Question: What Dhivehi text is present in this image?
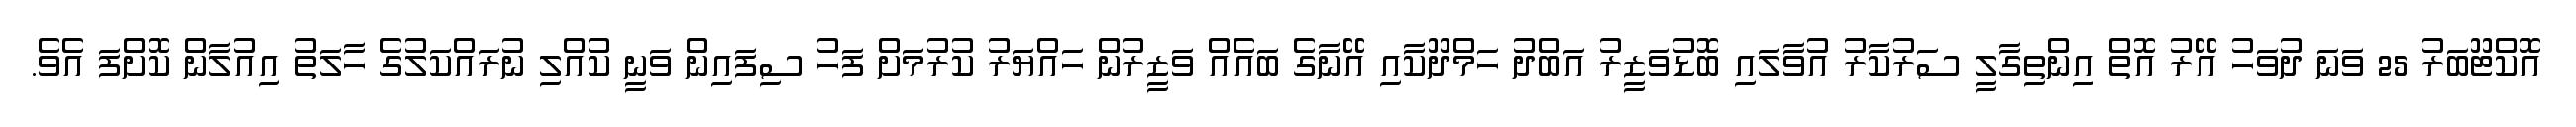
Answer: އޮކްޓޫބަރު 25 ވަނަ ދުވަހު އޭރު އޮތް އިންތިގާލީ ސަރުކާރު އުވާލައި ބޮޑުވަޒީރު އަބްދު ހަމްދޫކާއި އޭނާގެ ބައެއް ވަޒީރުން ހައްޔަރު ކުރުމަށް ފަހު ސިފައިން ވަނީ ކުއްލި ނުރައްކަލުގެ ހާލަތު އިއުލާން ކޮށްފަ އެވެ.